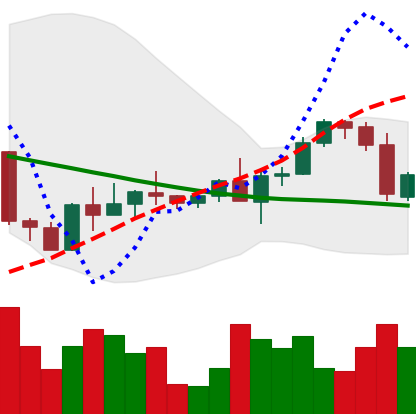
Ticker: ETH-USD
Chart end date: 2022-09-14
Forward return: -15.734%
Label: down_7plus